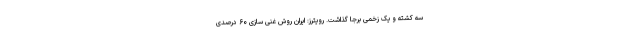
سه کشته و یک زخمی برجا گذاشت. رویترز: ایران روش‌ غنی‌ سازی ۶۰ درصدی